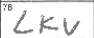
Transcription: LKV